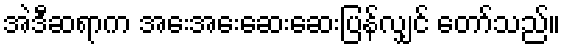
အဲဒီဆရာက အေးအေးဆေးဆေးပြန်လျှင် တော်သည်။